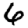
Digit: 6